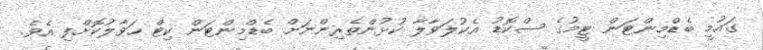
ގައުމީ ބެޑްމިންޓަން ޓީމުގެ ސްކޮޑު އެކުލަވާލާ ކުޅުންތެރިންނަށް ބެޑްމިންޓަން ކިޓް ހަވާލުކޮށްފި އެވެ.